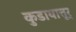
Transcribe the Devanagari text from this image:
कुडायात्तूर्